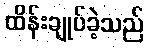
ထိန်းချုပ်ခဲ့သည်